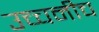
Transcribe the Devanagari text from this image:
उच्चनीच